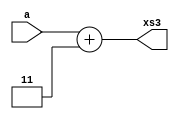
module excess_3(a,xs3);
input [3:0]a;
output [3:0]xs3;
reg [3:0]xs3;
always @(a)
begin
xs3 = a + 3;
end
endmodule